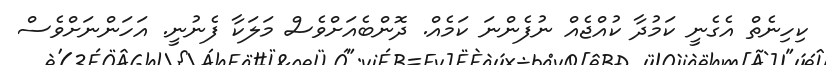
ކިހިނެތް އެގެނީ ކަމުދާ ކުއްޖެއް ނުފެންނަ ކަމެއް. ދޮންބެއަށްވެސް މަލަކާ ފެނުނީ. އަހަންނަށްވެސް